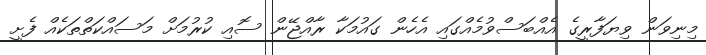
މިނިވަން ވިޔަފާރީގެ އެއްބަސްވުމެއްގައި އެހެން ގައުމަކާ ރާއްޖޭން ސޮއި ކުރުމަށް މަސައްކަތްތަކެއް ފެށީ